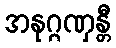
အနုဂ္ဂဏှန္တီ